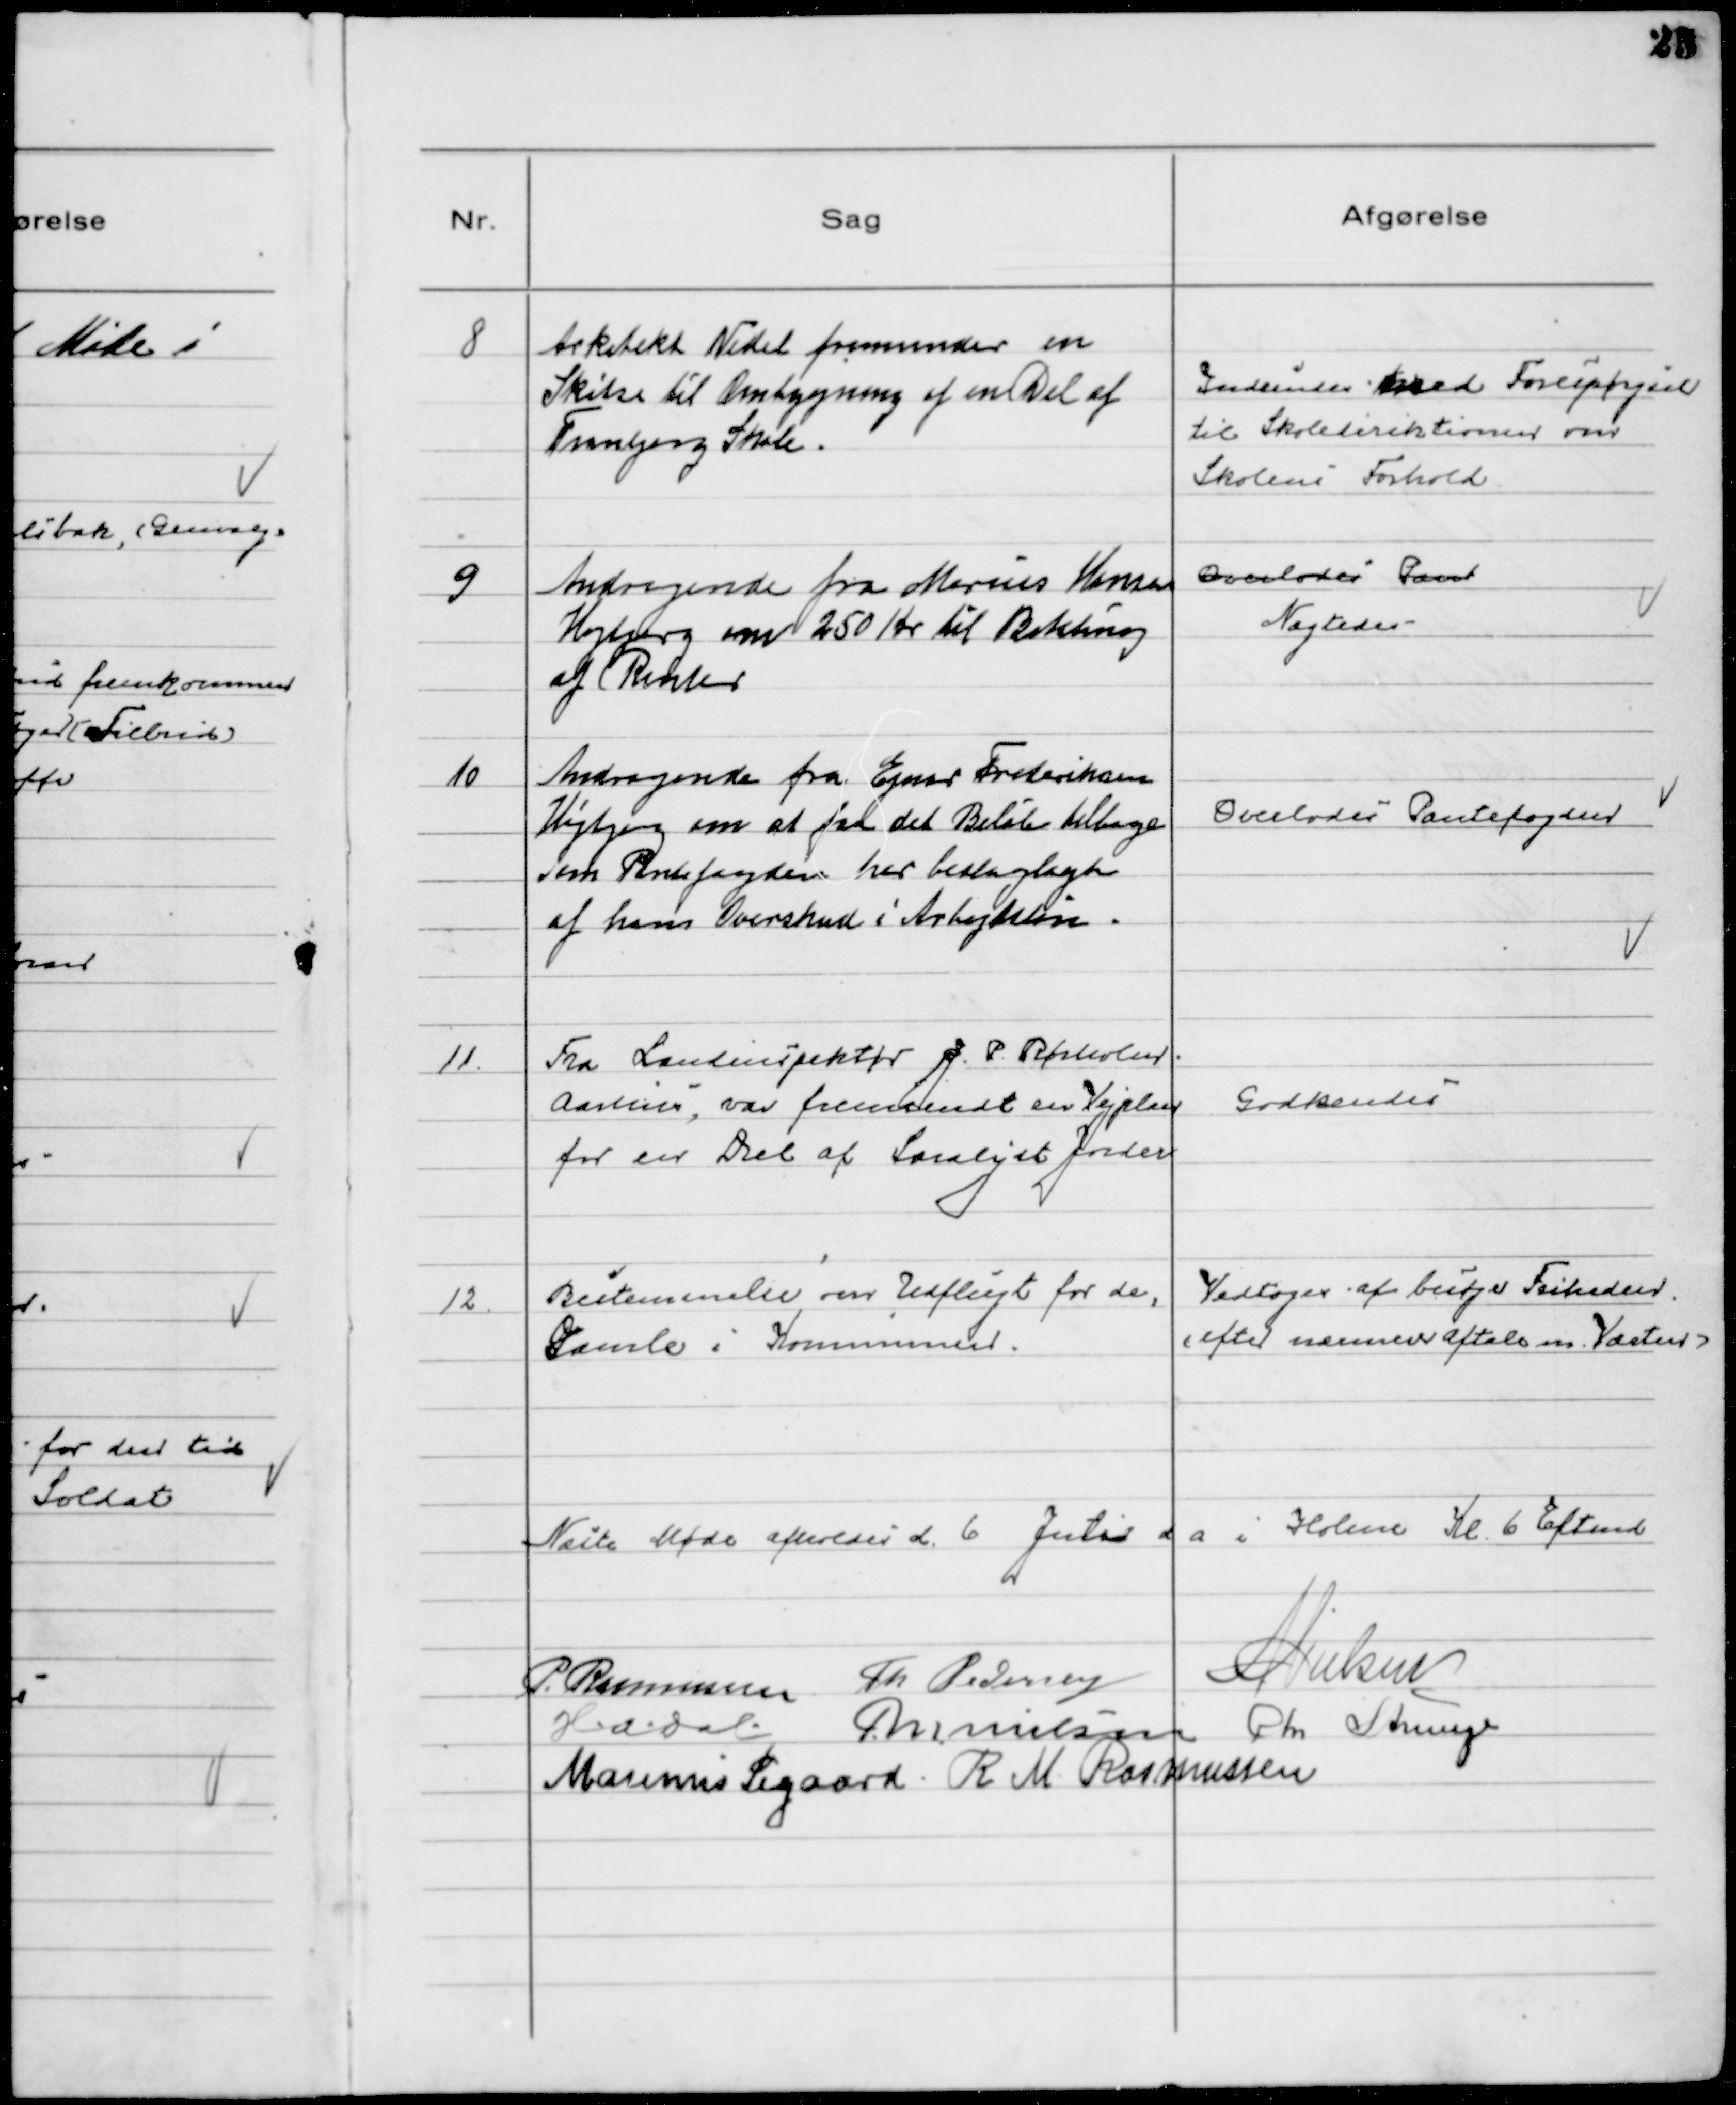
Transskription:
8
Arkitekt Vedel fremsender en
Skitse til Ombygning af en Del af
Tranbjerg Skole.

Indsendes med Forespørgsel
til Skoledirektionen om
Skolens Forhold

9
Andragende fra Marius Hansen
Højbjerg om 250 Kr til Betaling
af Renter

Overlodes Pant
Nægtedes

10
Andragende fra Ejnar Frederiksen
Højbjerg om at faa der Beløb tilbage
som Pantefogden har beslaglagt
af hans Overskud i Arbejdsløn.

Overlodes Pantefogden

11.
Fra Landinspektør J. P. Rørholm
Aarhus, var fremsendt en Vejplan
for en Del af Saralyst Jorder

Godkendes

12
Bestemmelse om Udflugt for de,
Gamle i Kommunen.

Vedtoges af besøge Friheden
(efter nærmere Aftale m. Værten)

Næste Møde afholdes d. 6 Juli d a i Holme Kl. 6 Eftmd
P. Rasmussen Th Pedersen
NNielsen
H:A:Dal MNielsen Chr Strunge
Marinus Sigaard R M Rasmussen